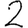
Digit: 2